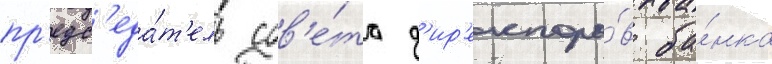
пр'едс'еда́т'ель сов'е́та д'ир'екторо́в ба́нка